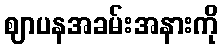
ဈာပနအခမ်းအနားကို